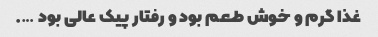
غذا گرم و خوش طعم بود و رفتار پیک عالی بود ….